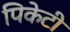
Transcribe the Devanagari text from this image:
पिकेटी